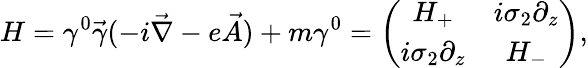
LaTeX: H=\gamma^{0}\vec{\gamma}(-i\vec{\nabla}-e\vec{A})+m\gamma^{0}=\left(\begin{array}{cc}{{H_{+}}}&{{i\sigma_{2}\partial_{z}}}\\ {{i\sigma_{2}\partial_{z}}}&{{H_{-}}}\end{array}\right),